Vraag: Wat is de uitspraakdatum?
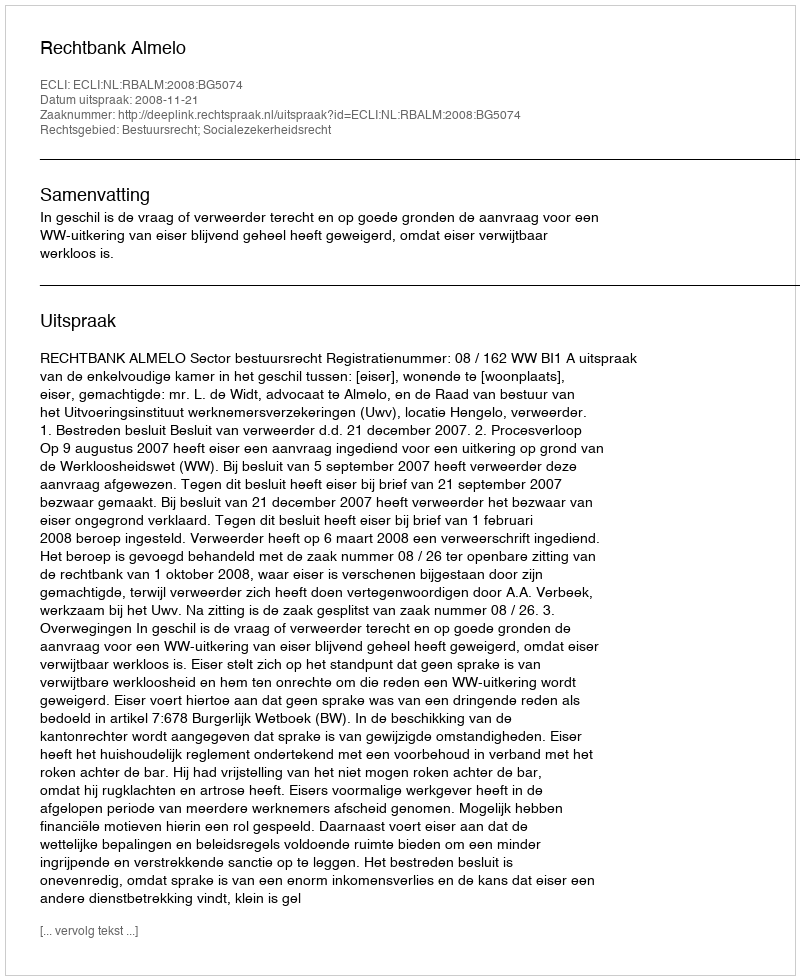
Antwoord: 2008-11-21